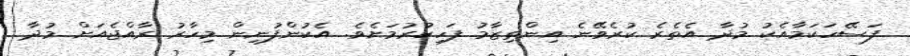
ފަސޭހަކަމާއެކު މުދާ އެތެރެ ކުރެވޭނެ އިންތިޒާމު ފަހިކުރުމަށެވެ. އެކުންފުނިން މިހާރު ރާއްޖެއަށް މުދާ